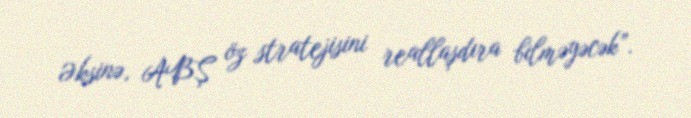
Əksinə, ABŞ öz stratejisini reallaşdıra bilməyəcək”.